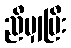
ညီမျှပြီး